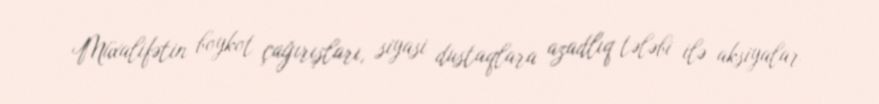
Müxalifətin boykot çağırışları, siyasi dustaqlara azadlıq tələbi ilə aksiyalar